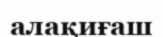
алақиғаш